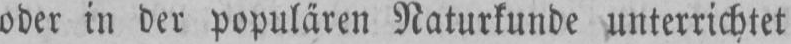
oder in der populären Naturkunde unterrichtet